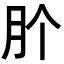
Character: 𭨦